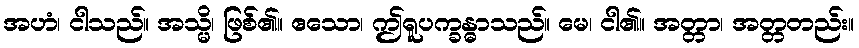
အဟံ၊ ငါသည်။ အသ္မိ၊ ဖြစ်၏။ ဧသော၊ ဤရူပက္ခန္ဓာသည်။ မေ၊ ငါ၏။ အတ္တာ၊ အတ္တတည်း။